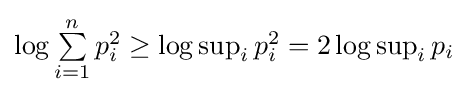
\textstyle \log \sum \limits _{i=1}^{n}{p_{i}^{2}}\geq \log \sup _{i}p_{i}^{2}=2\log \sup _{i}p_{i}